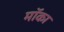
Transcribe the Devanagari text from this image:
मॉका